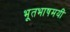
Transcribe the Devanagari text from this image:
भूतभाषमयीं